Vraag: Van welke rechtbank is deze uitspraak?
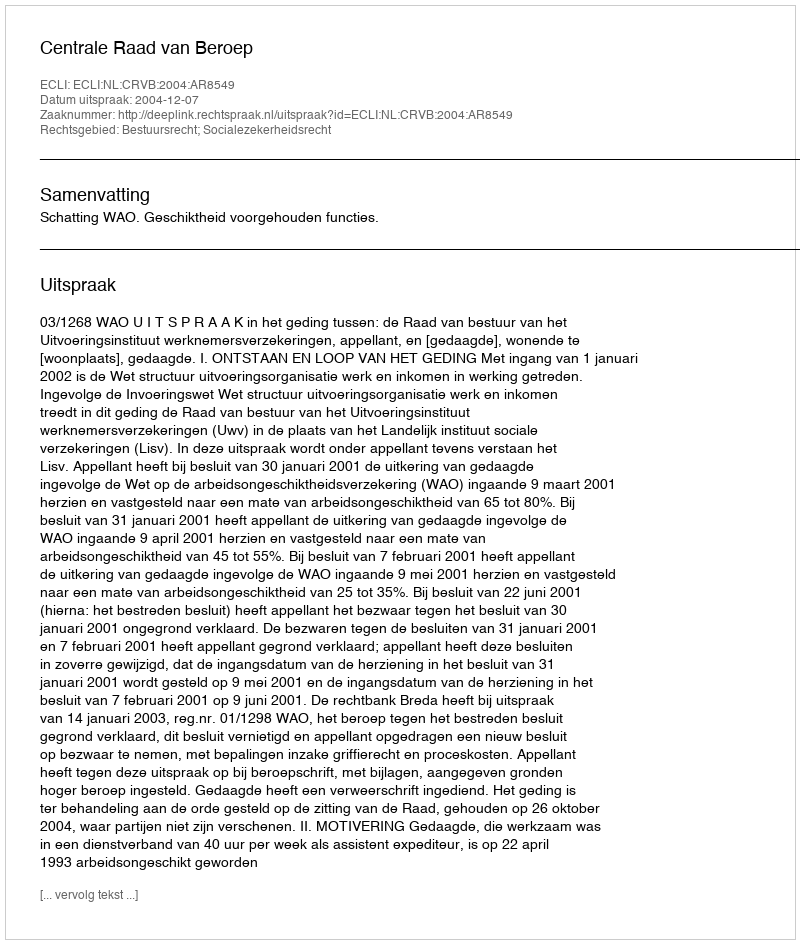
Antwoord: Centrale Raad van Beroep